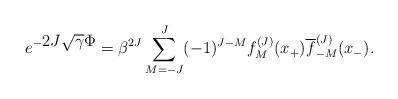
LaTeX: \begin{align*}e^{-\displaystyle 2J \sqrt{\gamma} \Phi}=\beta^{2J}\sum_{M=-J}^J (-1)^{J-M}f_M^{(J)}(x_+) \overline f_{-M}^{(J)}(x_-).\end{align*}